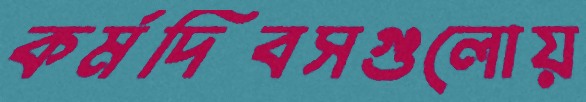
কর্মদিবসগুলোয়